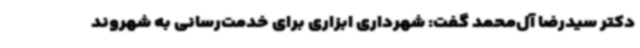
دکتر سیدرضا آل‌محمد گفت: شهرداری ابزاری برای خدمت‌رسانی به شهروند